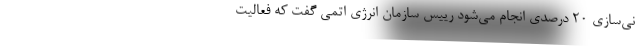
نی‌سازی ۲۰ درصدی انجام می‌شود رییس سازمان انرژی اتمی گفت که فعالیت